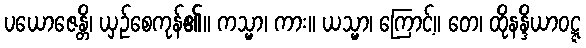
ပယောဇေန္တိ၊ ယှဉ်စေကုန်၏။ ကသ္မာ၊ ကား။ ယသ္မာ၊ ကြောင့်။ တေ၊ ထိုနန္ဒိယာဝဋ္ဋ